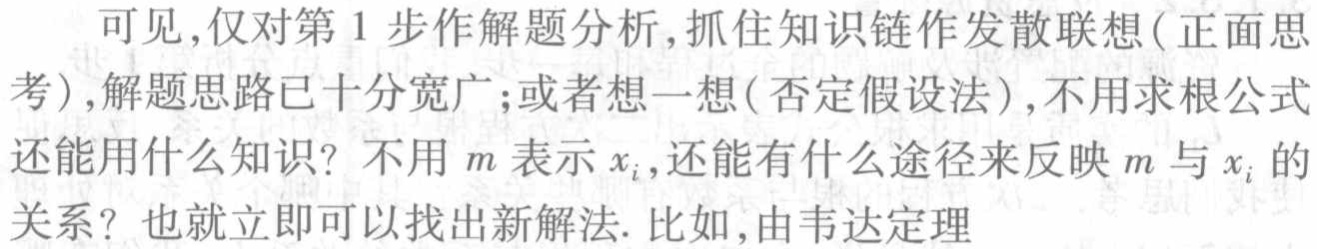
可见,仅对第 1 步作解题分析,抓住知识链作发散联想(正面思考),解题思路已十分宽广;或者想一想(否定假设法),不用求根公式还能用什么知识? 不用 \(m\) 表示 \(x_{i}\),还能有什么途径来反映 \(m\) 与 \(x_{i}\) 的关系? 也就立即可 以找出新解法. 比如,由韦达定理